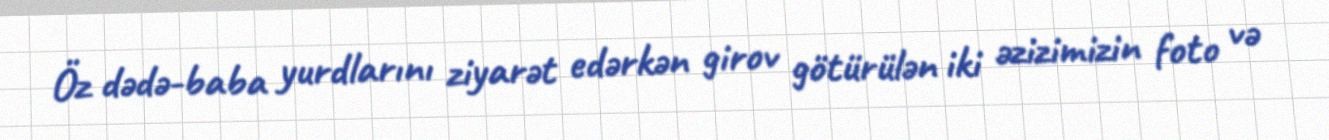
Öz dədə-baba yurdlarını ziyarət edərkən girov götürülən iki əzizimizin foto və